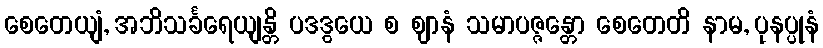
စေတေယျံ, အဘိသင်္ခရေယျန္တိ ပဒဒွယေ စ ဈာနံ သမာပဇ္ဇန္တော စေတေတိ နာမ, ပုနပ္ပုနံ